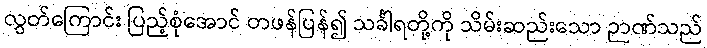
လွတ်ကြောင်း ပြည့်စုံအောင် တဖန်ပြန်၍ သင်္ခါရတို့ကို သိမ်းဆည်းသော ဉာဏ်သည်